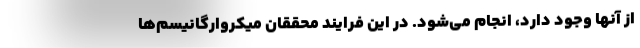
از آنها وجود دارد، انجام می‌شود. در این فرایند محققان میکروارگانیسم‌ها